Vaccination in Bombay 1913-1923 - 1913-1923
Year: 1913
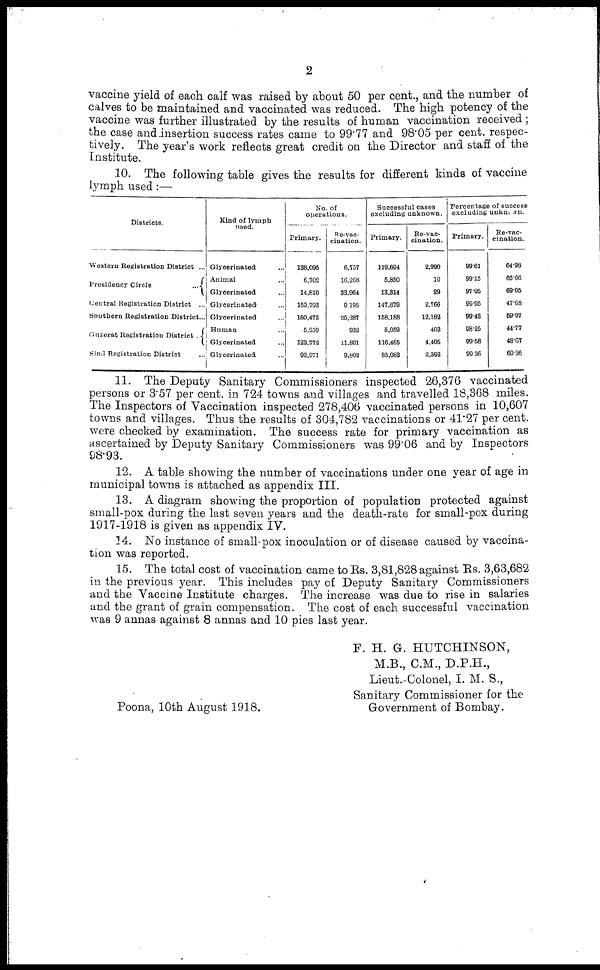
2
vaccine yield of each calf was raised by about 50 per cent., and the number of
calves to be maintained and vaccinated was reduced. The high potency of the
vaccine was further illustrated by the results of human vaccination received ;
the case and insertion success rates came to 99.77 and 98.05 per cent. respec
tively. The year's work reflects great credit on the Director and staff of the
Institute.
10. The following table gives the results for different kinds of vaccine
lymph used :—
Districts.
Western Registration District ...
Presidency Circle
...
Central Registration District ...
Southern Registration District...
Guzerat Registration District .
Sind Registration Distrist ...
Kind of lymph
used.
Glycerinateđ ...
Animal ...
Glycerinated ...
Glycerinated ...
Glycerinated ...
Human ...
Glycerinated ...
Glycerinated ...
No. of
operations.
Primary.
138,095
6,702
14,810
159,793
160,473
5,259
123,772
93,271
Re-vac-
cination.
6,757
16,268
33,964
9,195
25,287
932
11,801
9,802
Successful cases
excluding unknown.
Primary.
119,694
5,850
13,314
147,679
158,188
5,059
116,465
85,083
Re-vac
cination.
2,990
10
29
2,766
12,182
402
4,405
2,392
Percentage of success
excluding unknown.
Primary.
99.61
99.15
97.95
99.95
99.43
98.25
99.58
99.36
Re-vac
cination.
64.98
66.66
69.05
47.68
59.97
44.77
48.67
60.36
11. The Deputy Sanitary Commissioners inspected 26,376 vaccinated
persons or 3.57 per cent. in 724 towns and villages and travelled 18,368 miles.
The Inspectors of Vaccination inspected 278,406 vaccinated persons in 10,607
towns and villages. Thus the results of 304,782 vaccinations or 41.27 per cent.
were checked by examination. The success rate for primary vaccination as
ascertained by Deputy Sanitary Commissioners was 99.06 and by Inspectors
98.93.
12. A table showing the number of vaccinations under one year of age in
municipal towns is attached as appendix III.
13. A diagram showing the proportion of population protected against
small-pox during the last seven years and the death-rate for small-pox during
1917-1918 is given as appendix IV.
14. No instance of small-pox inoculation or of disease caused by vaccina
tion was reported.
15. The total cost of vaccination came to Rs. 3,81,828 against Rs. 3,63,682
in the previous year. This includes pay of Deputy Sanitary Commissioners
and the Vaccine Institute charges. The increase was due to rise in salaries
and the grant of grain compensation. The cost of each successful vaccination
was 9 annas against 8 annas and 10 pies last year.
F. H. G. HUTCHINSON,
M.B., C.M., D.P.H.,
Lieut.-Colonel, I. M. S.,
Sanitary Commissioner for the
Poona, 10th August 1918.
Government of Bombay.